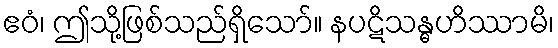
ဧဝံ၊ ဤသို့ဖြစ်သည်ရှိသော်။ နပဋိသန္ဓဟိဿာမိ၊